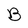
Character: B